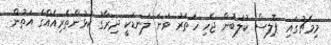
މިމެޗުގައި ޕޮލިސް ކުލަބުން ޖެހި ހަތަރު ވަނަ ލަނޑަކީ ދިރާގު ކުޅުންތެރިއެއްގެ އަތުން